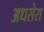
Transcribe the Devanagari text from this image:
अधसेरा